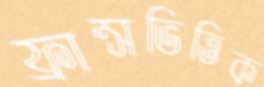
ফ্রান্সভিত্তিক